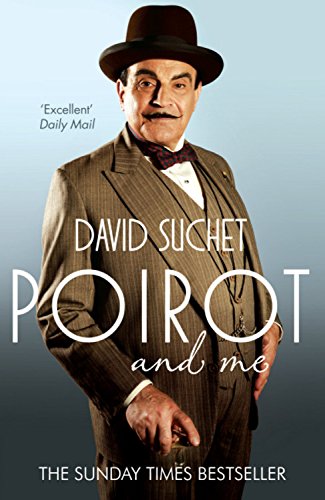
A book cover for Poirot and Me; David Suchet; Humor & Entertainment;